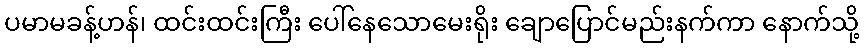
ပမာမခန့်ဟန်၊ ထင်းထင်းကြီး ပေါ်နေသောမေးရိုး ချောပြောင်မည်းနက်ကာ နောက်သို့